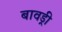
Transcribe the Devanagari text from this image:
बावड्री